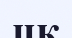
цк